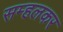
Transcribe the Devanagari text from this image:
सम्हलकर